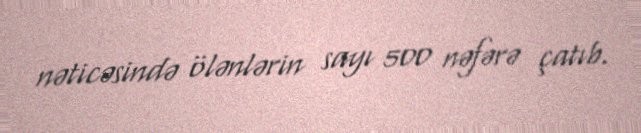
nəticəsində ölənlərin sayı 500 nəfərə çatıb.